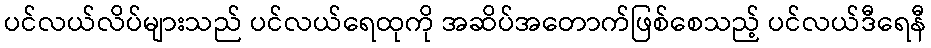
ပင်လယ်လိပ်များသည် ပင်လယ်ရေထုကို အဆိပ်အတောက်ဖြစ်စေသည့် ပင်လယ်ဒီရေနီ